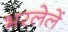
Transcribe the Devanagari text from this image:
भरलेलें